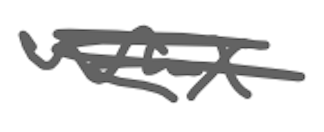
Text: wax
Cross-out: scratch
Writing tool: digital_gray